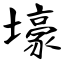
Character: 壕